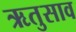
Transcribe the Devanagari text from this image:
ऋतुसाव